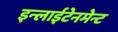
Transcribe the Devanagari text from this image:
इन्लाईटेनमेन्ट